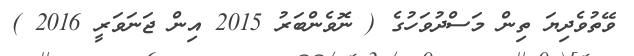
ވޭތުވެދިޔަ ތިން މަސްދުވަހުގެ ( ނޮވެންބަރު 2015 އިން ޖަނަވަރީ 2016 )